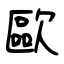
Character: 歐